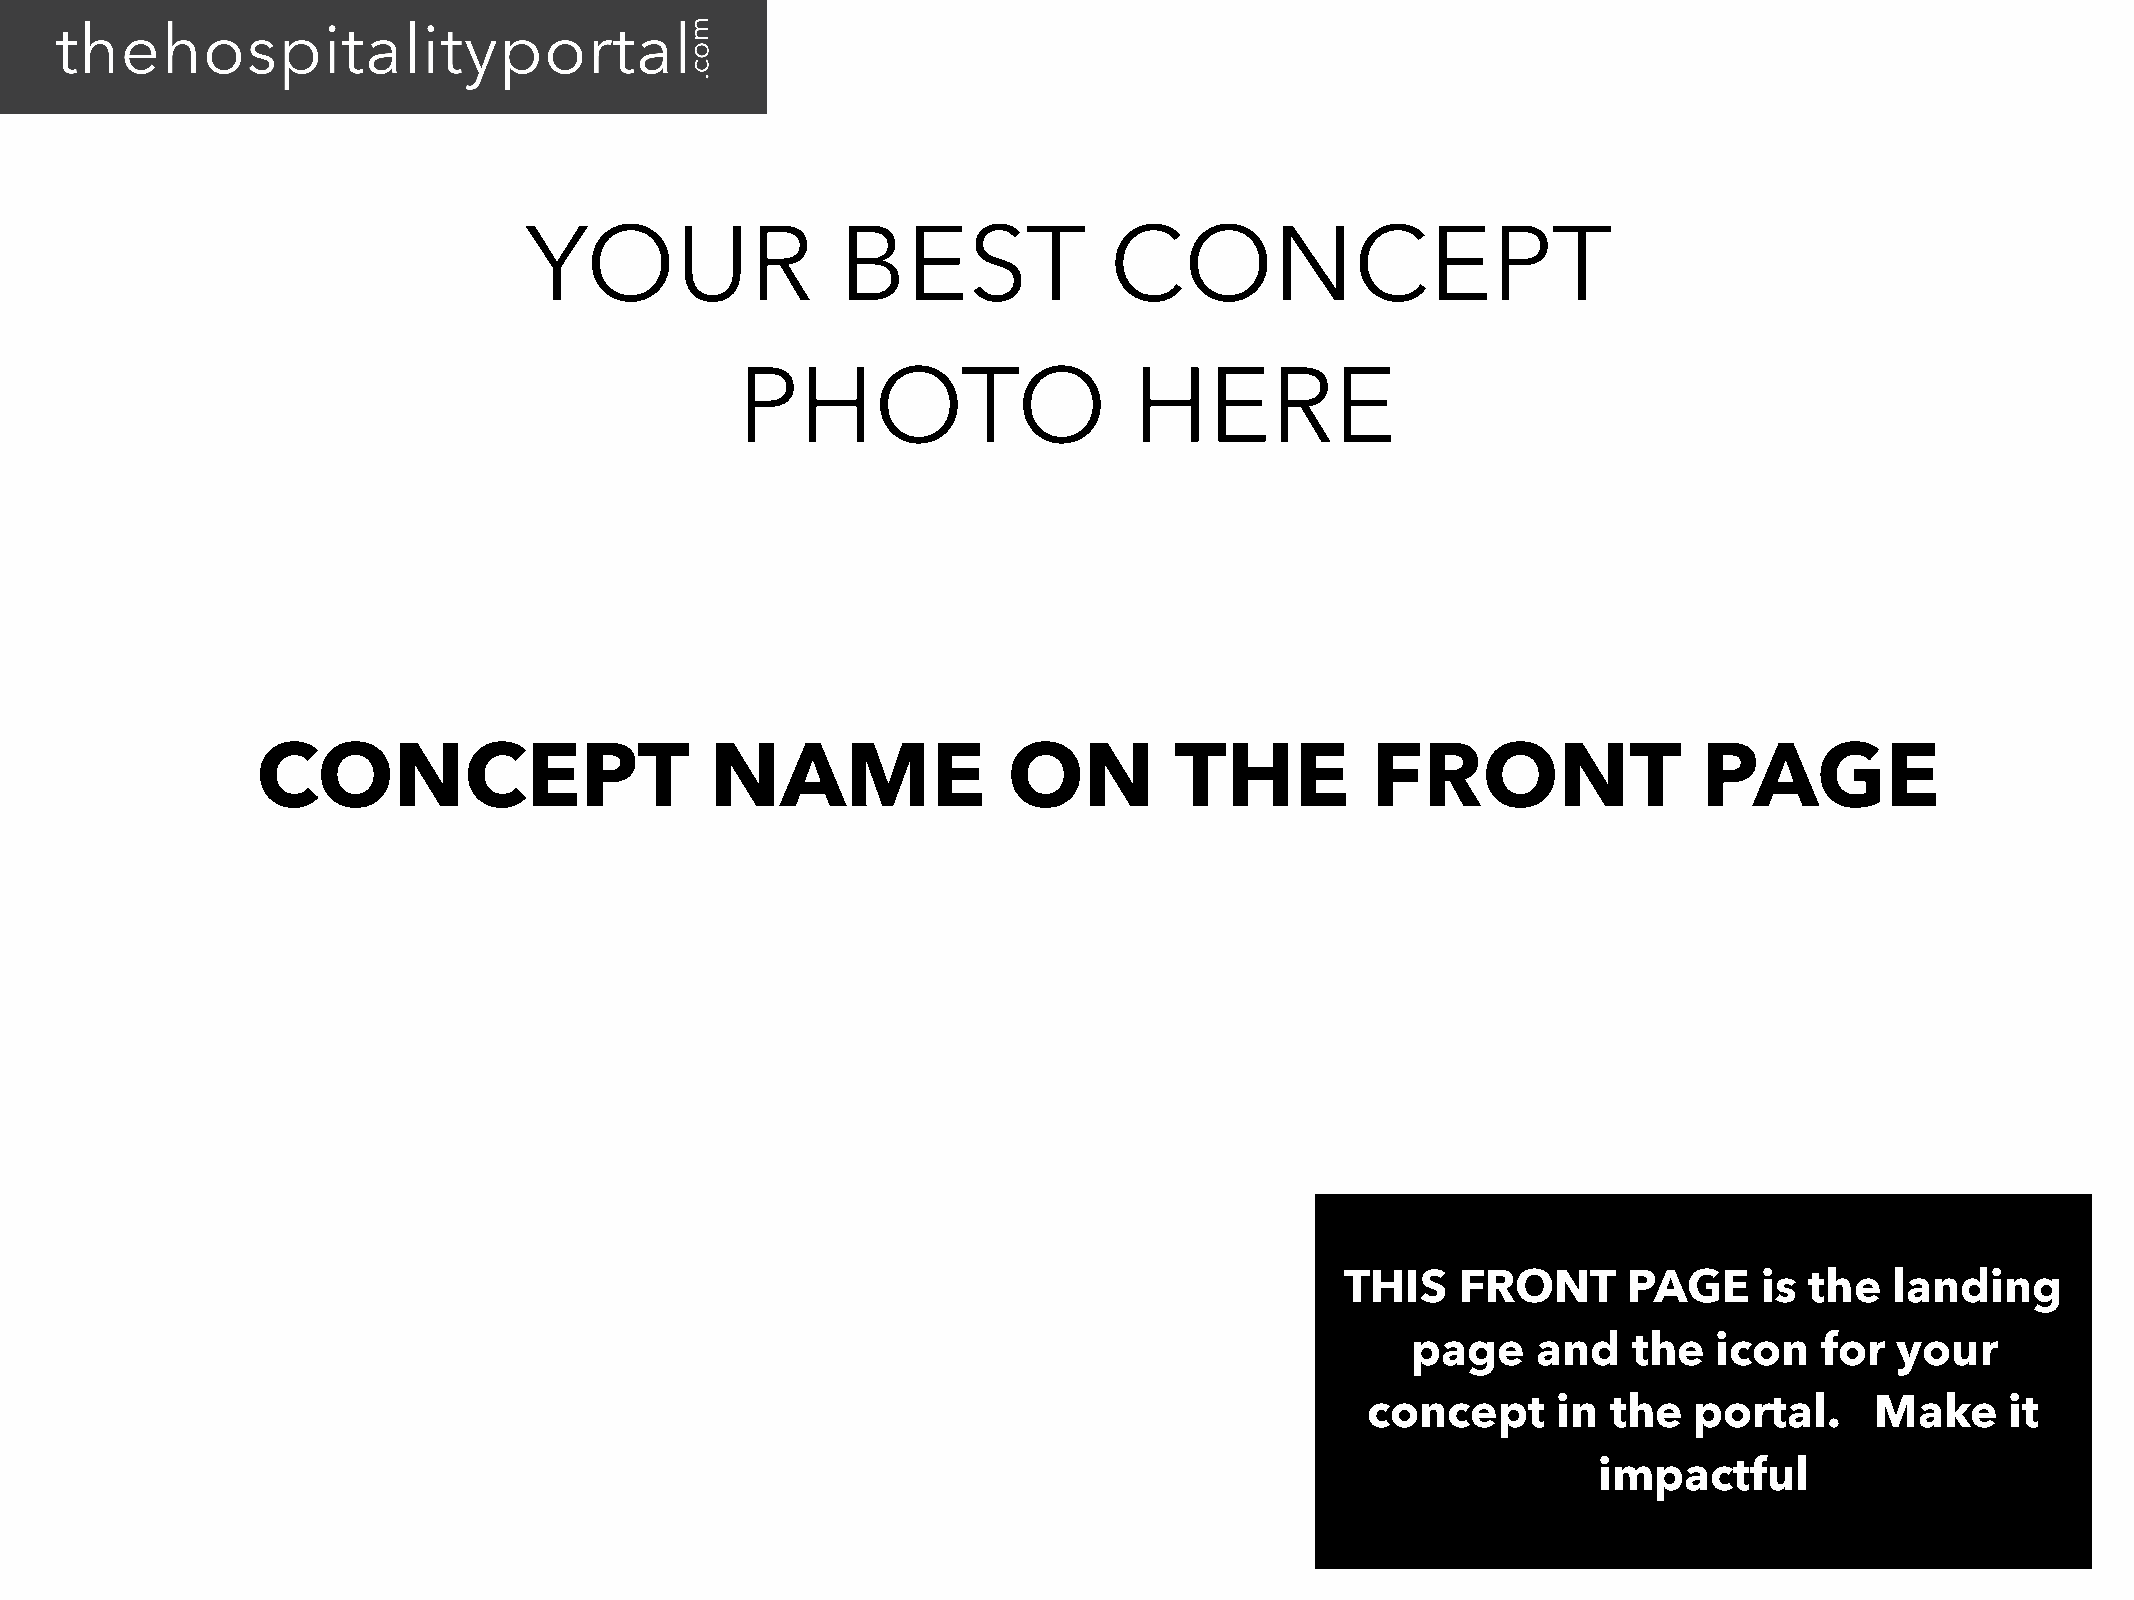
YOUR                 BEST             CONCEPT
 PHOTO                     HERE
 CONCEPT                       NAME                ON         THE          FRONT                 PAGE
 THIS    FRONT      PAGE     is the  landing
 page     and   the   icon   for  your
 concept      in  the  portal.     Make     it
 impactful